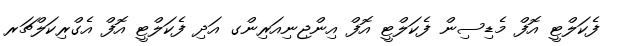
ފެކަލްޓީ އޮފް މެޑިސިން ފެކަލްޓީ އޮފް އިންޖިނިއަރިންގ އަދި ފެކަލްޓީ އޮފް އެގްރިކަލްޗަރ